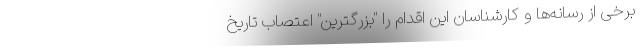
برخی از رسانه‌ها و کارشناسان این اقدام را "بزرگترین" اعتصاب تاریخ